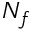
N _ { f }